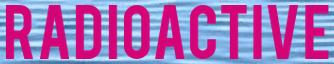
RADIOACTIVE